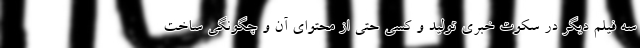
سه فیلم دیگر در سکوت خبری تولید و کسی حتی از محتوای آن و چگونگی ساخت